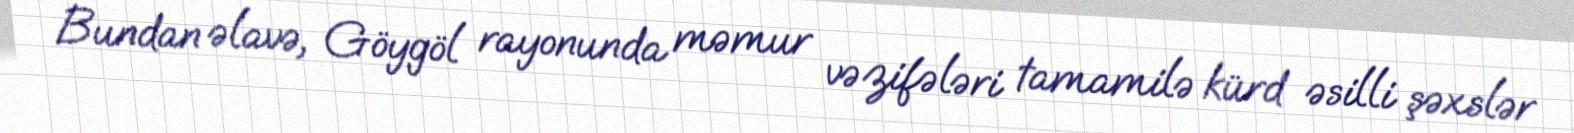
Bundan əlavə, Göygöl rayonunda məmur vəzifələri tamamilə kürd əsilli şəxslər